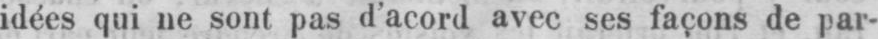
idées qui ne sont pas d’acord avec ses façons de par-